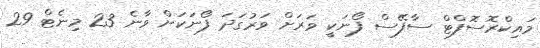
މައިކްރޮސޮފްޓް ސާފޭސް ފޯނަކީ ވަރަށް ވަރުގަދަ ފޯނަކަށް ވާނެ 23 މިނެޓް 29